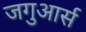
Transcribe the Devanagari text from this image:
जगुआर्स